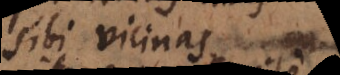
sibi vicinas;